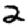
Digit: 2